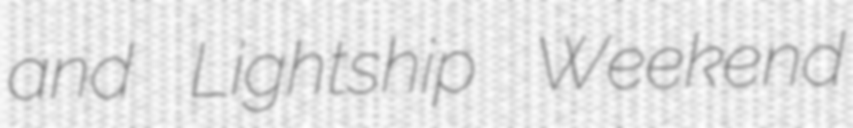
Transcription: and Lightship Weekend